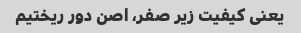
یعنی کیفیت زیر صفر، اصن دور ریختیم